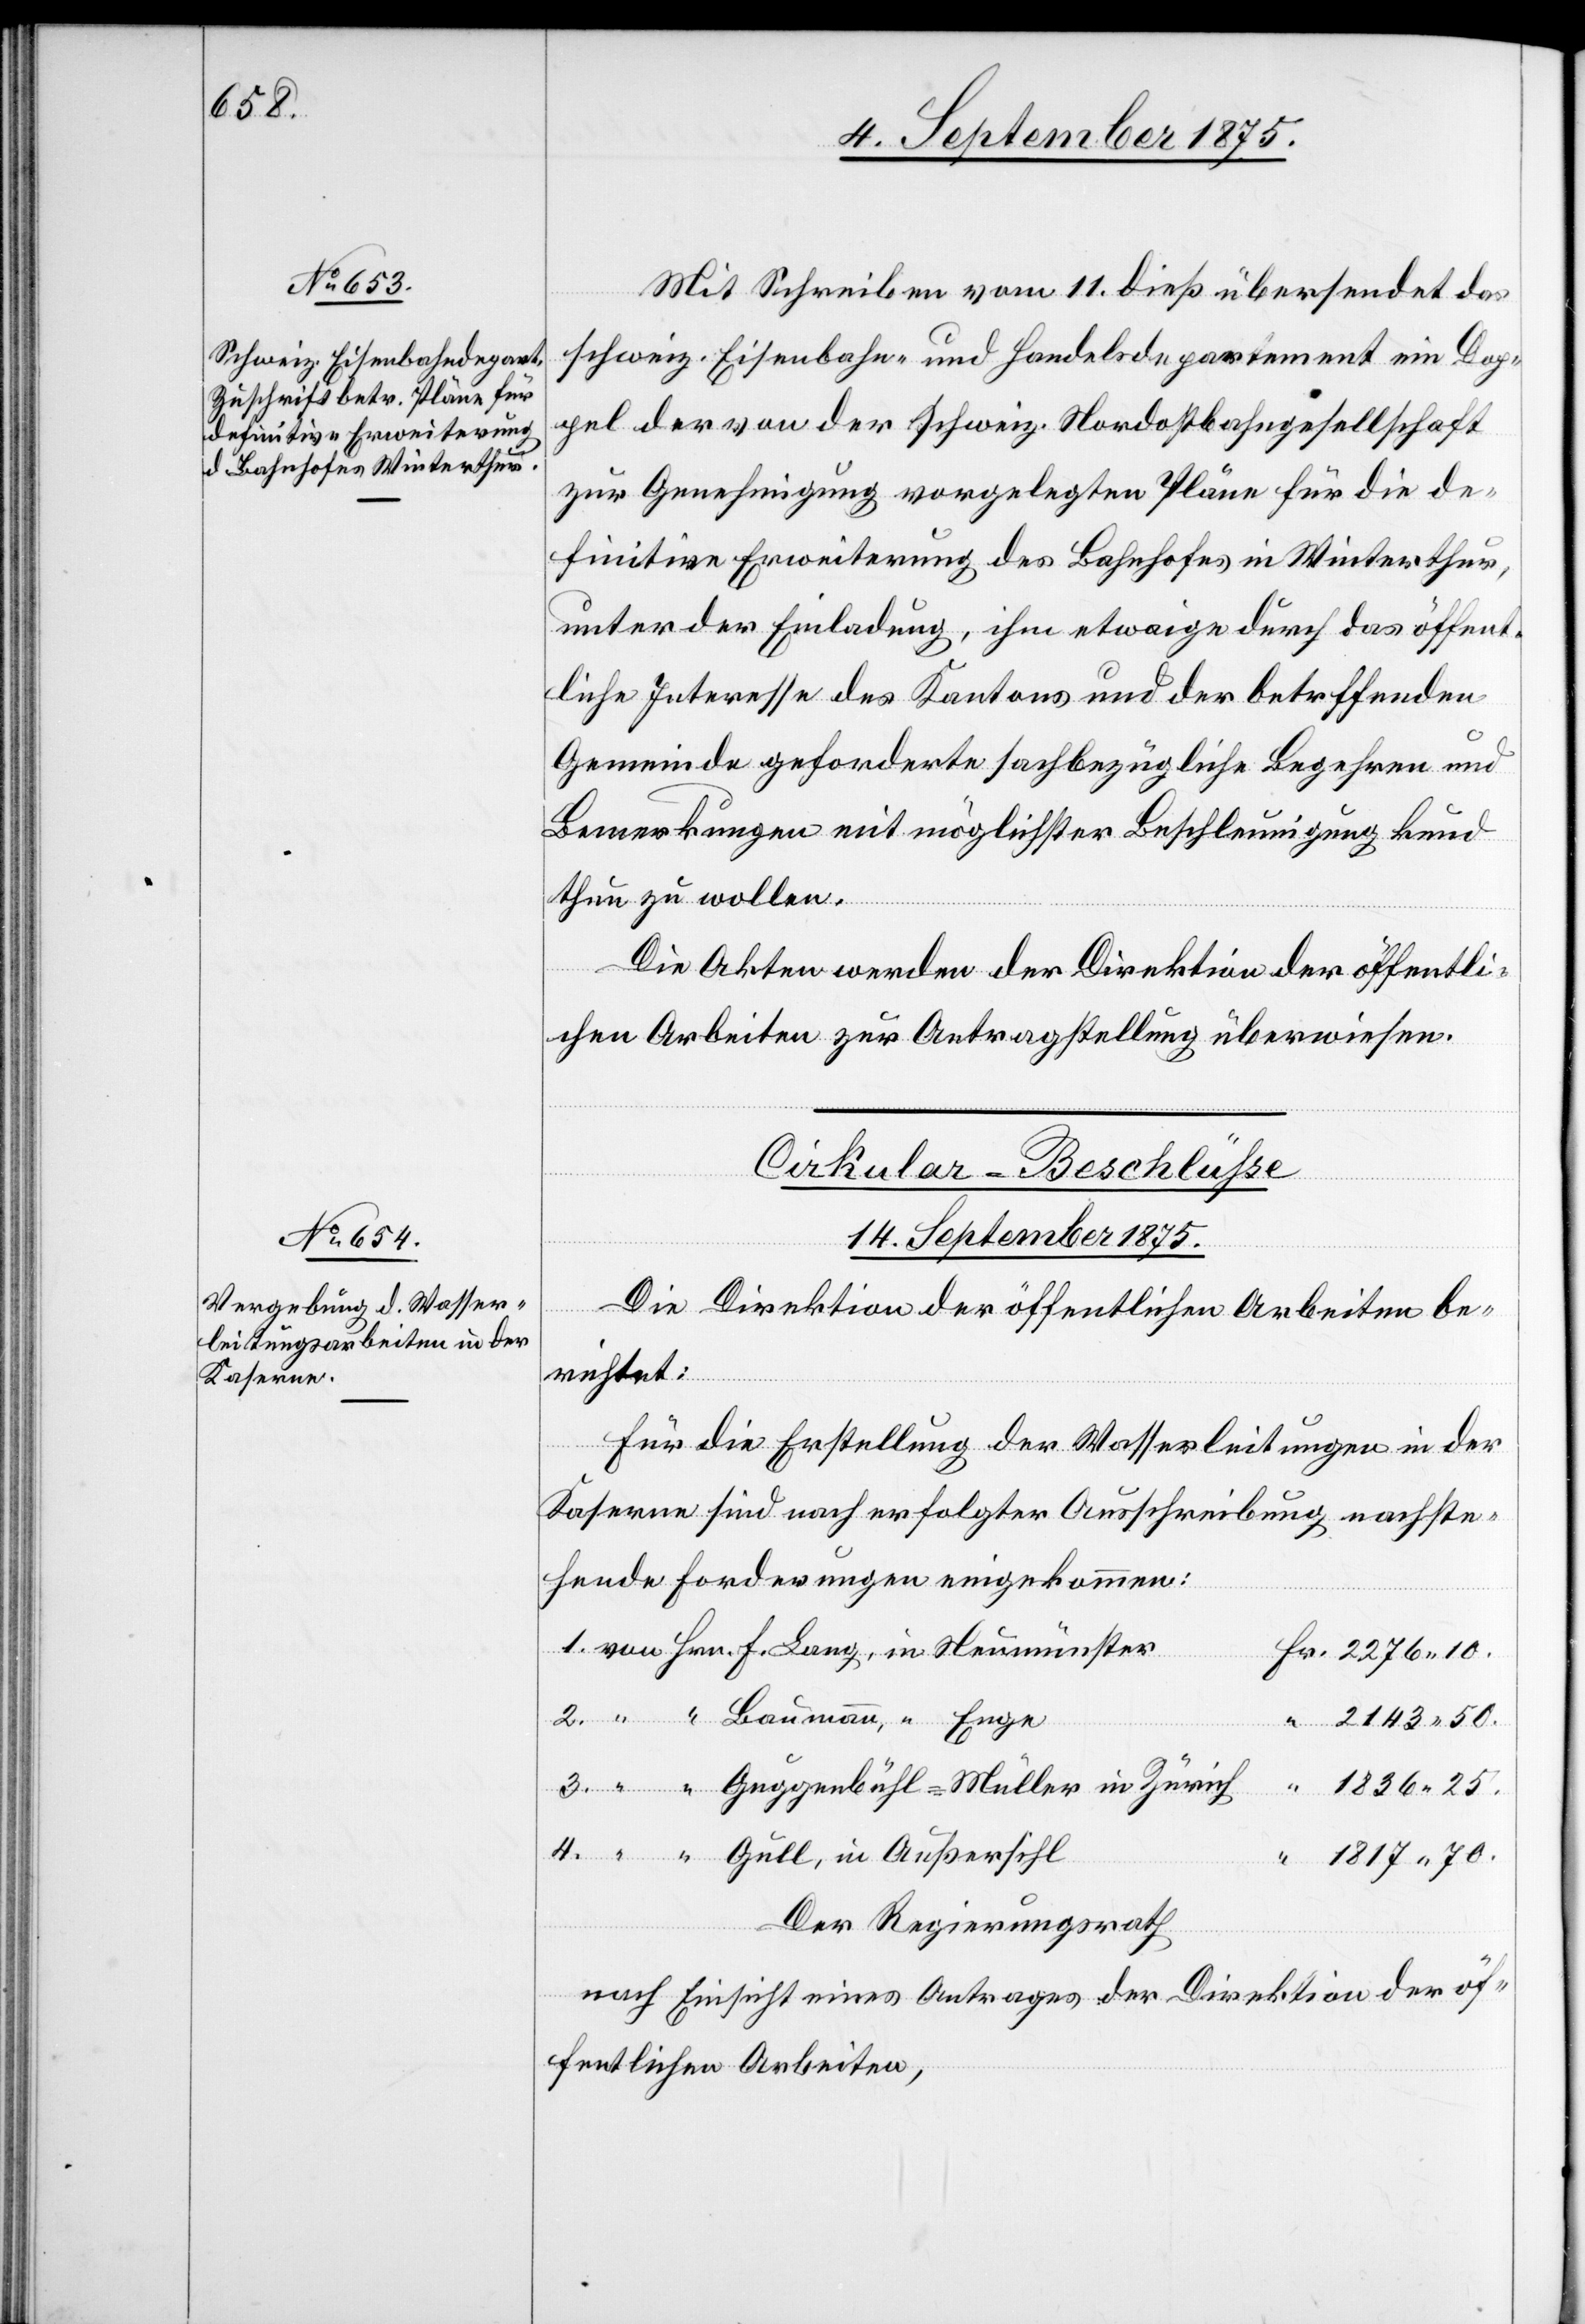
10.

Mit Schreiben vom 11. dieß übersendet das
schweiz. Eisenbahn- und Handelsdepartement im Dop¬
pel der von der schweiz. Nordostbahngesellschaft
zur Genehmigung vorgelegten Pläne für die de¬
finitive Erweiterung des Bahnhofes Winterthur,
unter der Einladung, ihm etwaige durch das öffent¬
liche Interesse des Kantons und der betreffenden
Gemeinde geforderte sachbezügliche Begehren und
Bemerkungen mit möglichster Beschleunigung kund
thun zu wollen.
Die Akten werden der Direktion der öffentli¬
chen Arbeiten zur Antragstellung überwiesen.
Cirkular-Beschlüße.
14. September 1875.
“
Die Direktion der öffentlichen Arbeiten be¬
richtet:
Für die Erstellung der Wasserleitungen in der
Kaserne sind nach erfolgter Ausschreibung nachste¬
hende Forderungen eingekommen:
2143 50.
1836 25.
1817 70.
4.
Der Regierungsrath
nach Einsicht eines Antrages der Direktion der öf¬
fentlichen Arbeiten,